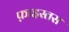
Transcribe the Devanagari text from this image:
फ़ाइस्तस